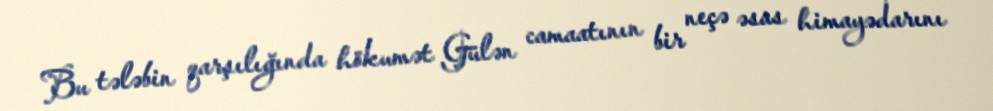
Bu tələbin qarşılığında hökumət Gülən camaatının bir neçə əsas himayədarını